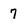
Character: 7